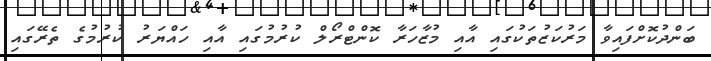
ބަންދުކޮށްފައިވާ މަރުކަޒުތަކުގައި އާއި މުޒާހަރާ ކޮންޓްރޯލް ކުރުމުގައި އާއި ހައްޔަރު ކުރުމުގެ ތެރޭގައި